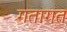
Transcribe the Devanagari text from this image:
गतागत